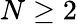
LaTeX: N\geq 2